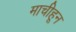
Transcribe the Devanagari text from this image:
माचीहून